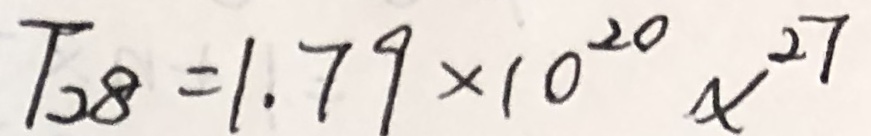
T _ { 2 8 } = 1 . 7 9 \times 1 0 ^ { 2 0 } x ^ { 2 7 }